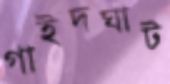
গাইদঘাট